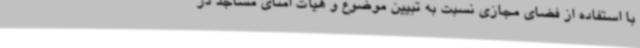
با استفاده از فضای مجازی نسبت به تبیین موضوع و هیأت امنای مساجد در